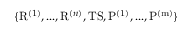
\{ \mathrm { R } ^ { ( 1 ) } , . . . , \mathrm { R } ^ { ( n ) } , \mathrm { T S } , \mathrm { P ^ { ( 1 ) } } , . . . , \mathrm { P ^ { ( m ) } } \}